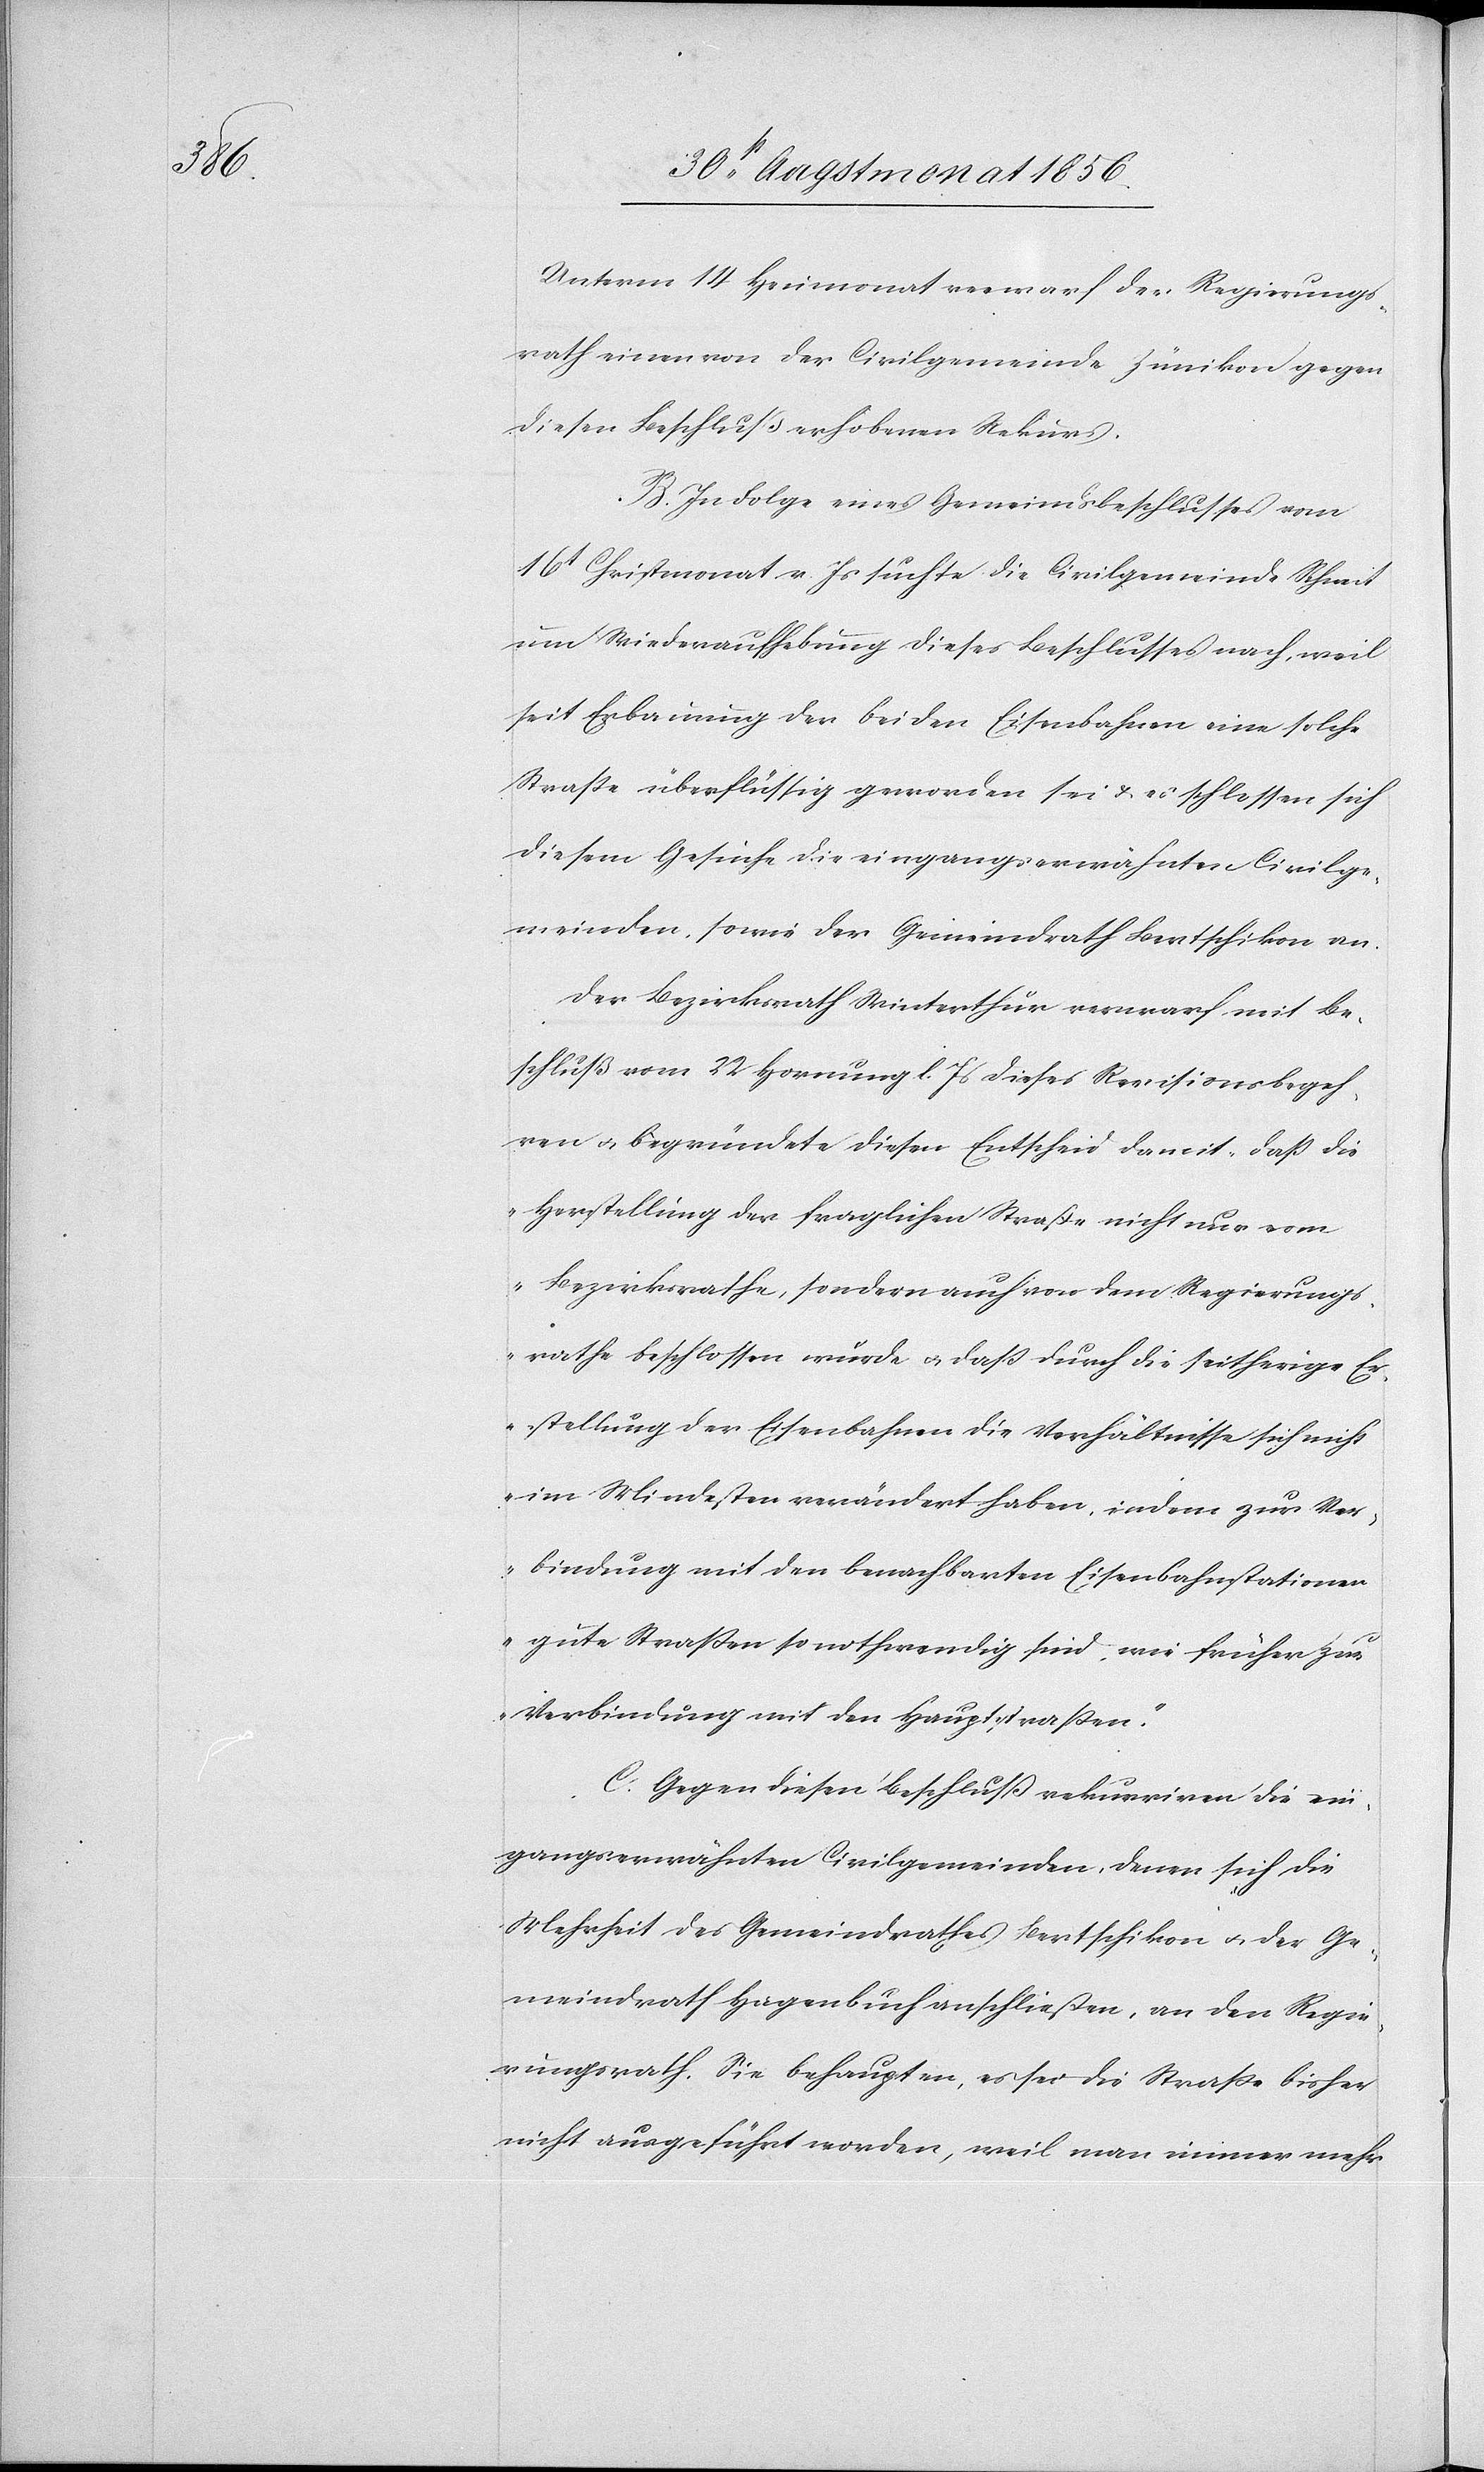
Unterm 14 Heumonat verwarf der Regierungs¬
rath einen von der Civilgemeinde Zünikon gegen
diesen Beschluß erhobenen Rekurs.
B. In Folge eines Gemeindsbeschlusses vom
16t Christmonat v. Js suchte die Civilgemeinde Schneit
um Wiederaufhebung dieses Beschlusses nach, weil
seit Erbauung der beiden Eisenbahnen eine solche
Strasse überflüssig geworden sei & es schlossen sich
diesem Gesuche die eingangserwähnten Civilge¬
meinden, sowie der Gemeindrath Bertschikon an.
Der Bezirksrath Winterthur verwarf mit Be¬
schluß vom 22 Hornung l. Js dieses Revisionsbegeh¬
ren u. begründete diesen Entscheid damit „dass die
Herstellung der fraglichen Straße nicht nur vom
Bezirksrathe, sondern auch von dem Regierungs¬
rathe beschlossen würde u. dass durch die seitherige Er¬
stellung der Eisenbahnen die Verhältnisse sich nicht
im Mindesten verändert haben, indem zur Ver¬
bindung mit den benachbarten Eisenbahnstationen
gute Strassen so nothwendig sind, wie früher zur
Verbindung mit den Hauptstrassen.”
C. Gegen diesen Beschluß rekurriren die ein¬
gangserwähnten Civilgemeinden, denen sich die
Mehrheit des Gemeindrathes Bertschikon u. der Ge¬
meindrath Hagenbuch anschließen, an den Regie¬
rungsrath. Sie behaupten, es sei die Strasse bisher
nicht ausgeführt worden, weil man immer mehr